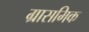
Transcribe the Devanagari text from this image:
ग्रासमिक